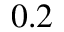
0 . 2